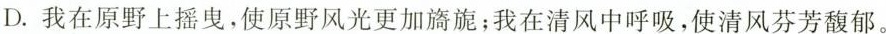
D.我在原野上摇曳，使原野风光更加旖旎；我在清风中呼吸，使清风芬芳馥郁。